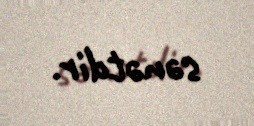
sənətdir.